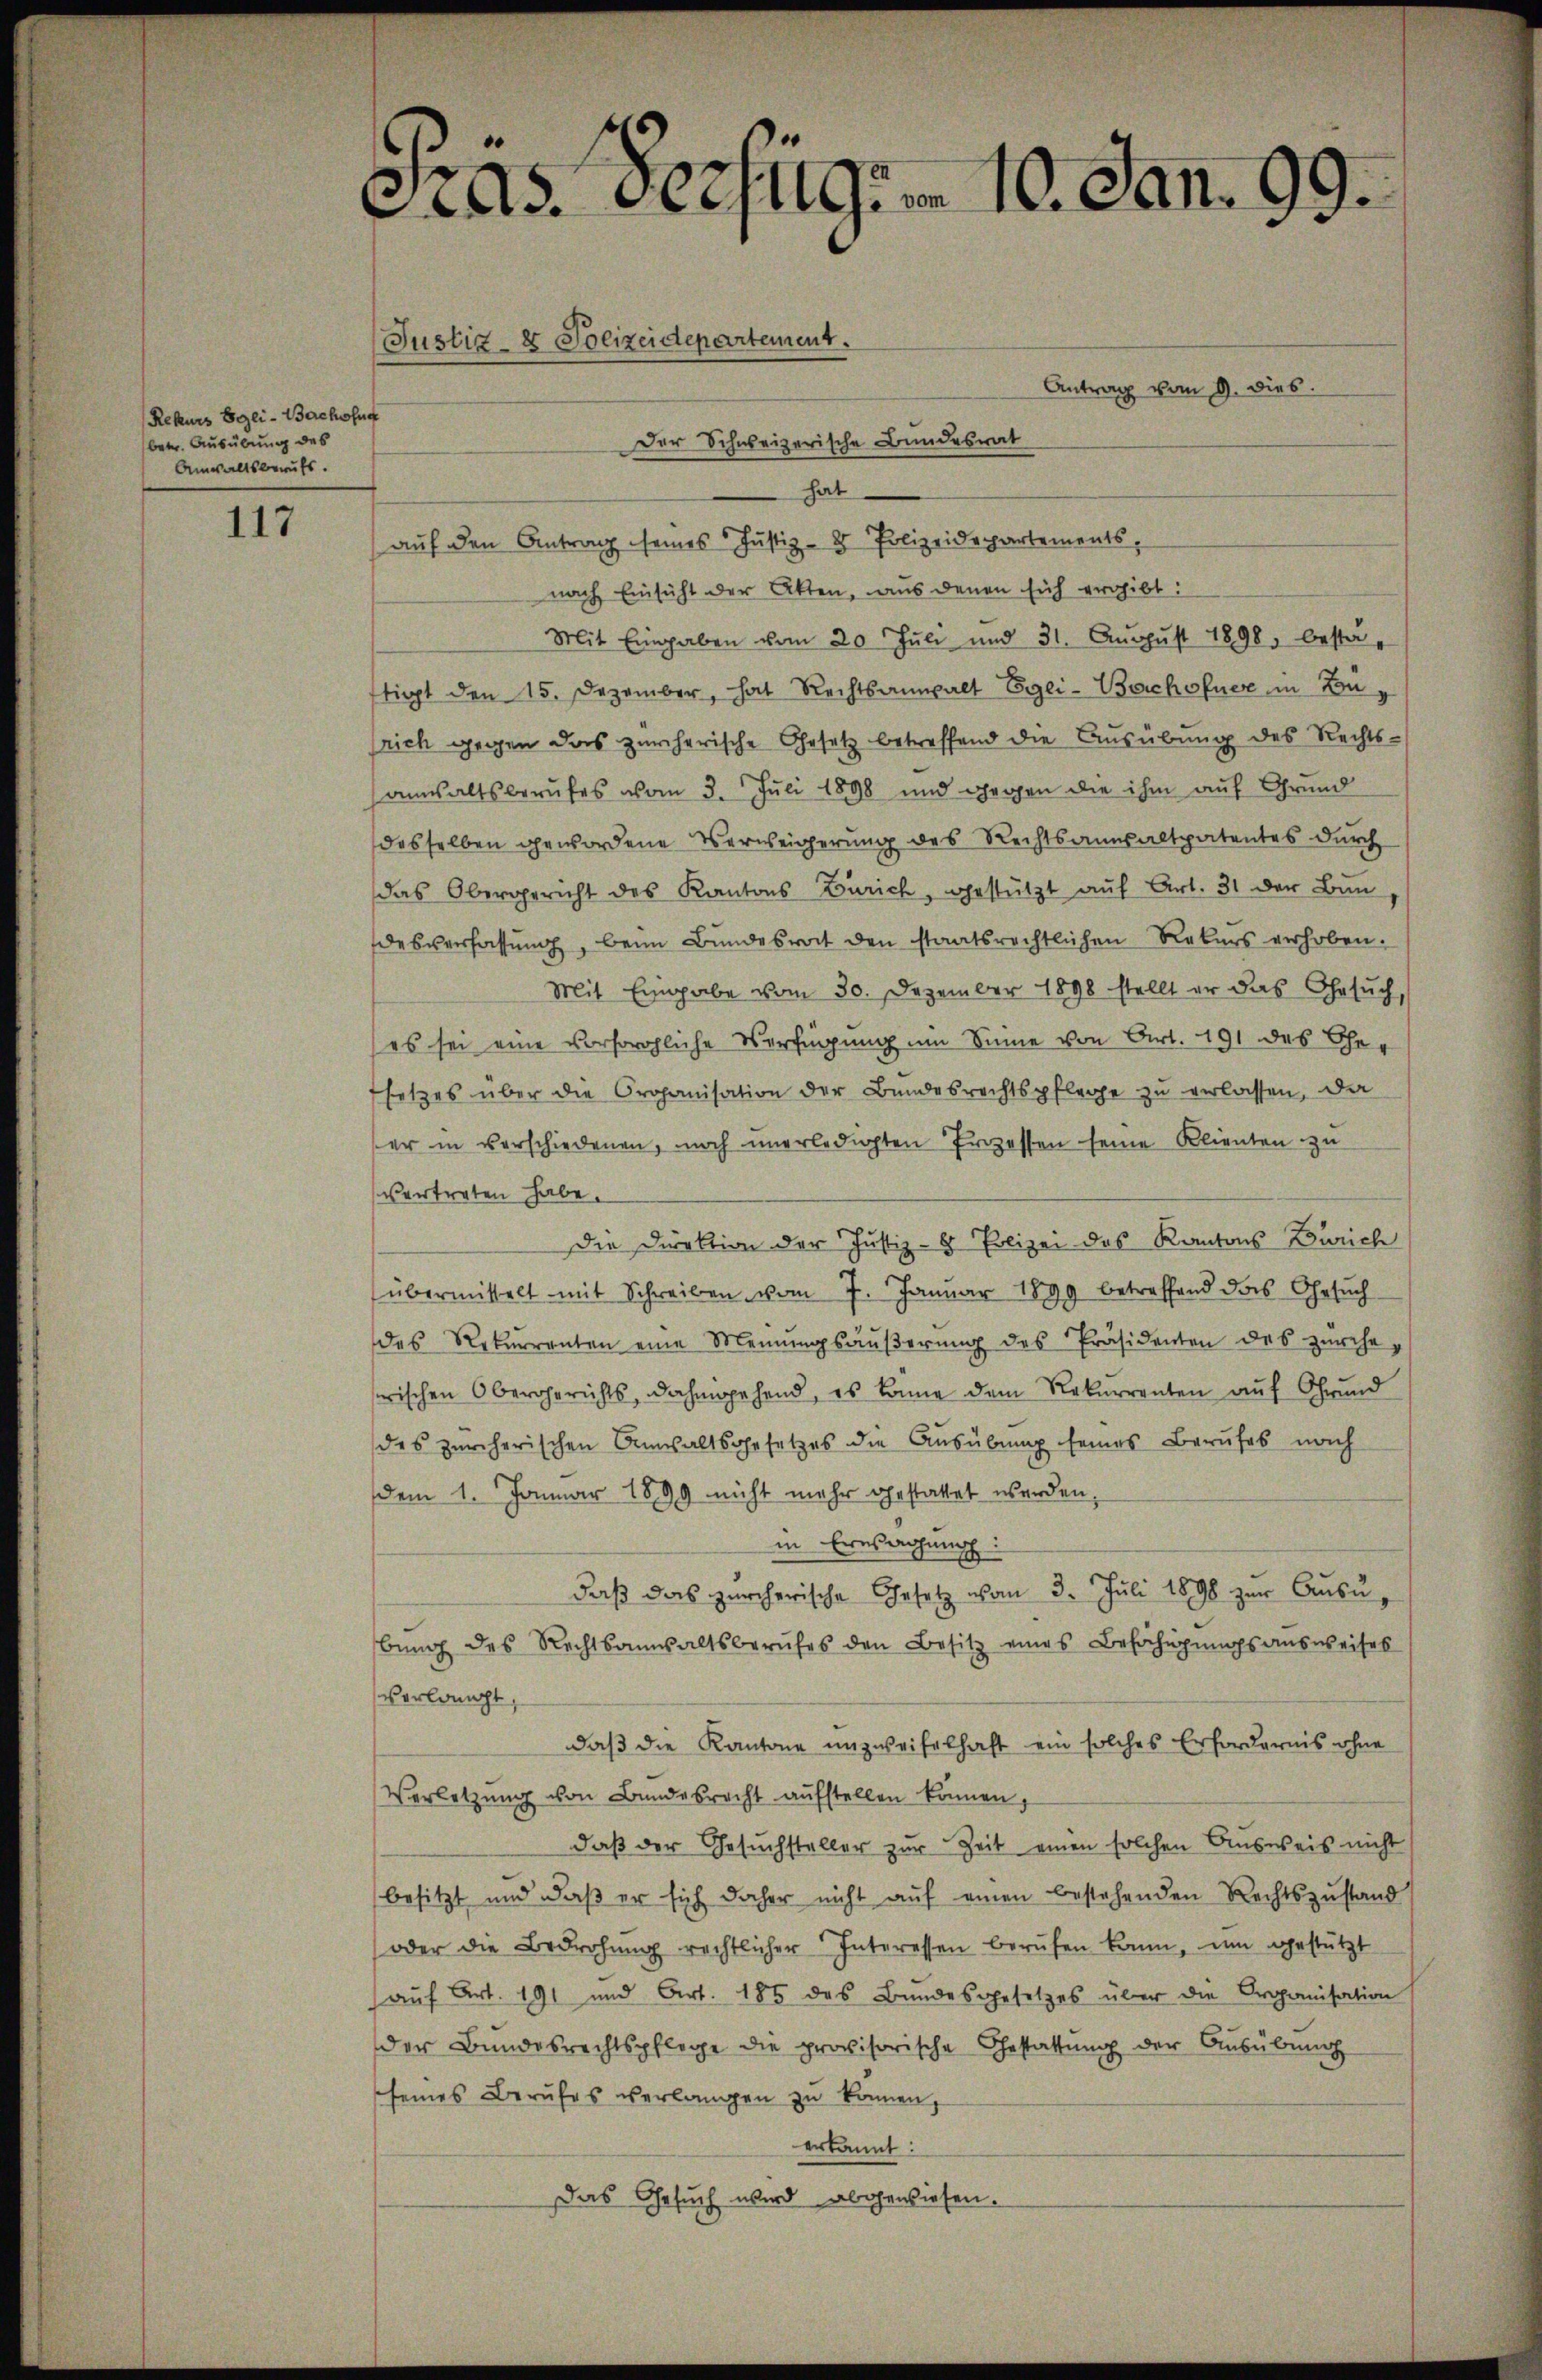
Rekurs Egli - Bachofne
betr. Ausübung des
Anwaltsberufs.

117

Cas verzug. 10. Jan. 99.
Justiz- & Polizeidepartement.
Antrag vom 9. dies
Der Schweizerische Bundesrat

hat
auf den Antrag seines Justiz- & Polizeidepartements,
nach Einsicht der Akten, aus denen sich ergibt:
Mit Eingaben vom 20. Jŭli und 31. Aŭgŭst 1898 besta-
tigt den 15. Dezember, hat Rechtsanwalt Egli-Bachofner in Bau
rich gegen das zürcherische Gesetz betreffend die Ausübung des Rechts-
annsaltsberufes vom 3. Juli 1898 und gegen die ihm auf Grund
desselben gewordene Verweigerung des Rechtsanwaltpatentes durch
das Obergericht des Kantons Zürich, gestützt auf Art. 31 der Bun
desverfassung, beim Bundesrat den staatsrechtlichen Rekurs verhoben.
Mit Eingabe vom 30. Dezember 1898 stellt er das Gesŭch,
es sei eine vorsorgliche Verfügung um Sinne von Art. 191 des Cher
setzes über die Organisation der Bundesrechtspflege zu verlassen, da
er in verschiedenen, noch unerledigten Prozessen seine Klienten zu
vertreten habe.
Die Direktion der Justiz- & Polizei des Kantons Zürich
übermittelt mit Schreiben vom 7. Janŭar 1899 betreffend das Gesŭch
des Rekurrenten eine Meinŭngsäŭβerŭng des Präsidenten des zürcherischen Obergerichts, dahingehend, es könne dem Rekurrenten auf Grund
des zürcherischen Anwaltsgesetzes die Ausübung seines Berufes nach
dem 1. Januar 1899 nicht mehr gestattet werden,
in Eresachung
daβ das zürcherische Gesetz von 3. Juli 1898 zŭr Aŭsu,
bŭng des Rechtsanwaltsberufes den Besitz eines Befähigungsausweises
verlangt,
daß die Kantone unzweifelhaft ein solches Erfordernis ohne
Verletzung von Bundesrecht aufstellen können,
daß der Gesuchsteller zur Zeit einen solchen Ausweis nicht
besitzt, und daß er sich daher nicht auf einen bestehenden Rechtszustand
(oder die Bedrohŭng rechtlicher Interessen berufen kann, um gestützt
auf Art. 191 und Art. 185 des Bundesgesetzes über die Organisation
der Bundesrechtspflege die provisorische Gestattŭng der Aŭsübŭng
seines Berufes verlangen zu können,
erkannt:
Das Gesuch wird abgewiesen.